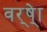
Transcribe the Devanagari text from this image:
वर्ष्‍ेा